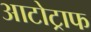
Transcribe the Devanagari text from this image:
आटोट्राफ